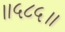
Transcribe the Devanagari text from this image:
॥५८५॥